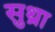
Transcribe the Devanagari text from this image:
सुथ्रा